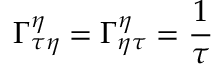
\Gamma _ { \tau \eta } ^ { \eta } = \Gamma _ { \eta \tau } ^ { \eta } = \frac { 1 } { \tau }